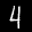
Label: 4